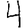
Digit: 4